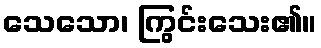
သေသော၊ ကြွင်းသေး၏။